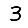
Digit: 3